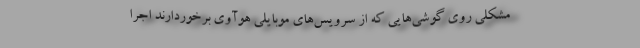
مشکلی روی گوشی‌هایی که از سرویس‌های موبایلی هوآوی برخوردارند اجرا